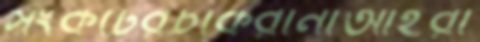
সংকটেরচাকরানীআইরা